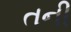
તની